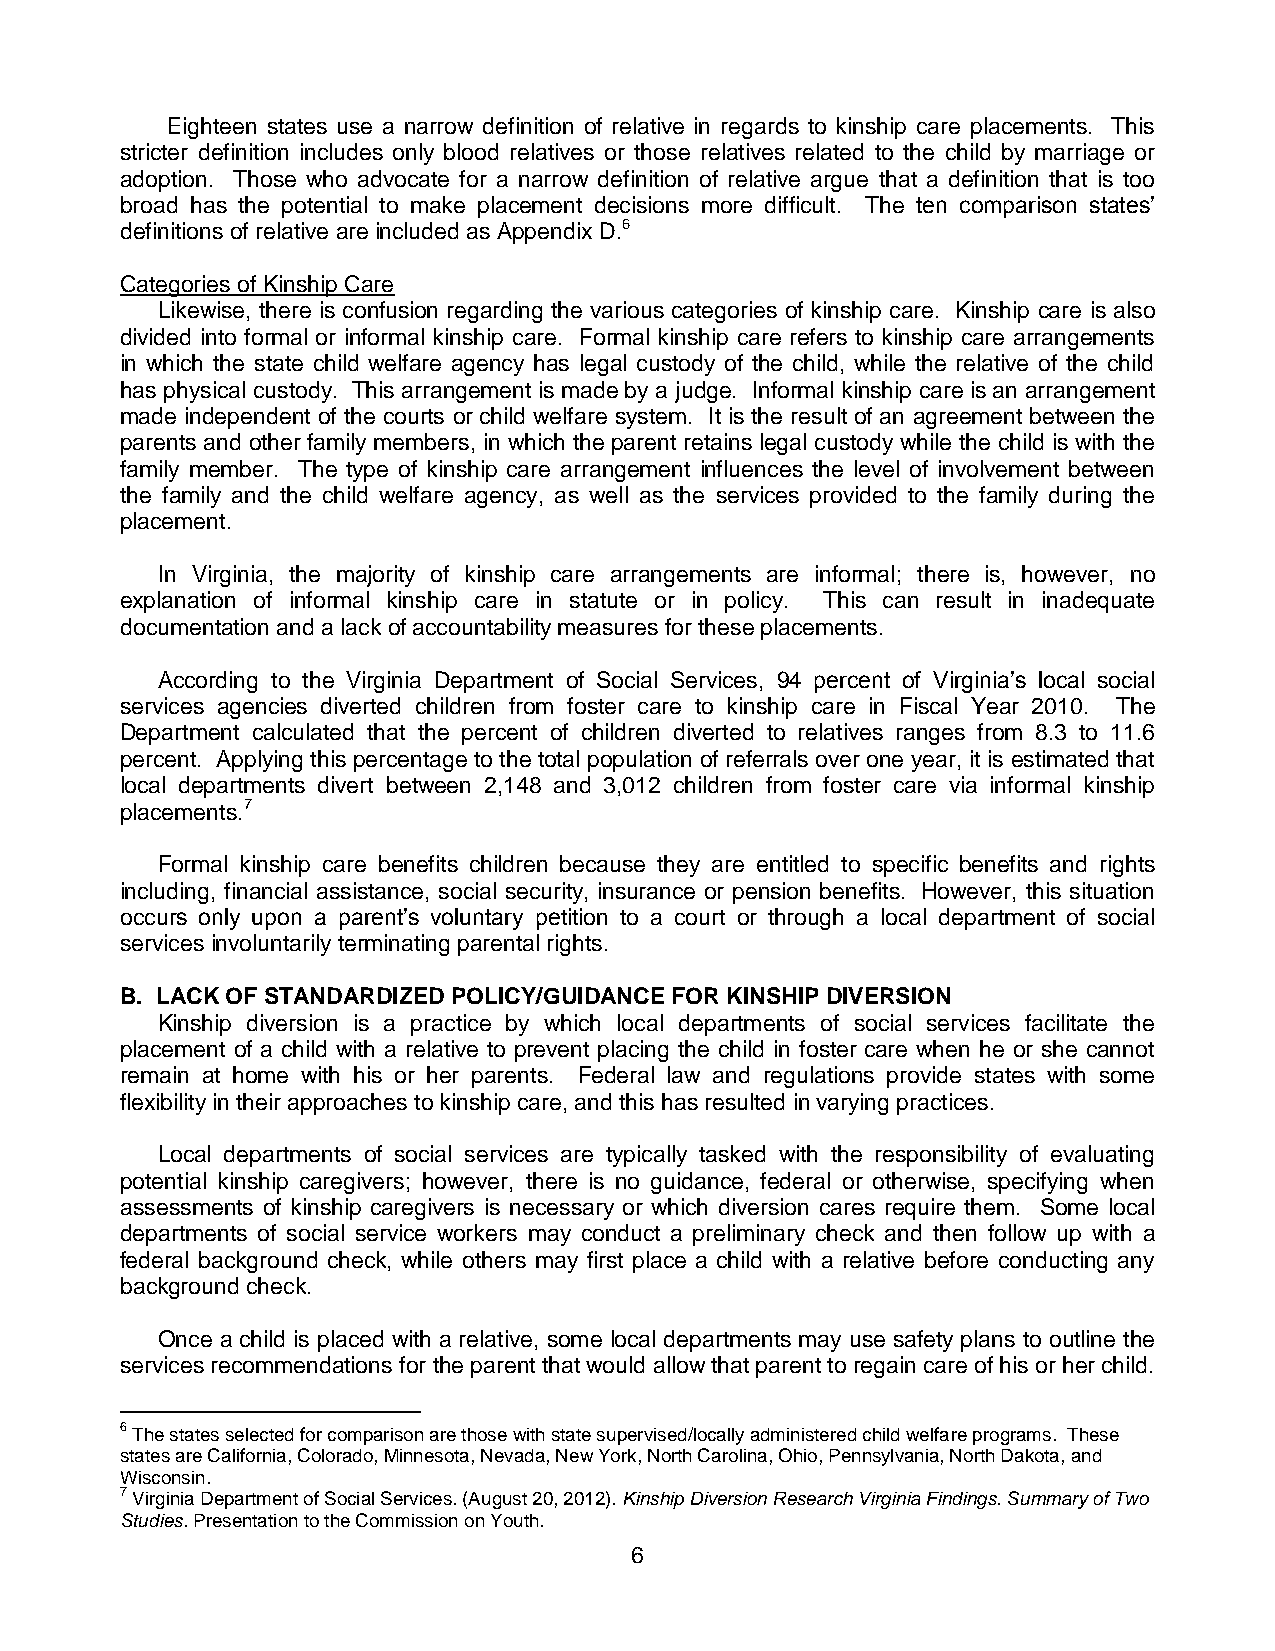
Eighteen states use a narrow definition of relative in regards to kinship care placements. This
 stricter definition includes only blood relatives or those relatives related to the child by marriage or
 adoption. Those who advocate for a narrow definition of relative argue that a definition that is too
 broad has the potential to make placement decisions more difficult. The ten comparison states’
 definitions of relative are included as Appendix D.6
 Categories of Kinship Care
 Likewise, there is confusion regarding the various categories of kinship care. Kinship care is also
 divided into formal or informal kinship care. Formal kinship care refers to kinship care arrangements
 in which the state child welfare agency has legal custody of the child, while the relative of the child
 has physical custody. This arrangement is made by a judge. Informal kinship care is an arrangement
 made independent of the courts or child welfare system. It is the result of an agreement between the
 parents and other family members, in which the parent retains legal custody while the child is with the
 family member. The type of kinship care arrangement influences the level of involvement between
 the family and the child welfare agency, as well as the services provided to the family during the
 placement.
 In Virginia, the majority of kinship care arrangements are informal; there is, however, no
 explanation of informal kinship care in statute or in policy. This can result in inadequate
 documentation and a lack of accountability measures for these placements.
 According to the Virginia Department of Social Services, 94 percent of Virginia’s local social
 services agencies diverted children from foster care to kinship care in Fiscal Year 2010. The
 Department calculated that the percent of children diverted to relatives ranges from 8.3 to 11.6
 percent. Applying this percentage to the total population of referrals over one year, it is estimated that
 local departments divert between 2,148 and 3,012 children from foster care via informal kinship
 placements.7
 Formal kinship care benefits children because they are entitled to specific benefits and rights
 including, financial assistance, social security, insurance or pension benefits. However, this situation
 occurs only upon a parent’s voluntary petition to a court or through a local department of social
 services involuntarily terminating parental rights.
 B. LACK OF STANDARDIZED POLICY/GUIDANCE FOR KINSHIP DIVERSION
 Kinship diversion is a practice by which local departments of social services facilitate the
 placement of a child with a relative to prevent placing the child in foster care when he or she cannot
 remain at home with his or her parents. Federal law and regulations provide states with some
 flexibility in their approaches to kinship care, and this has resulted in varying practices.
 Local departments of social services are typically tasked with the responsibility of evaluating
 potential kinship caregivers; however, there is no guidance, federal or otherwise, specifying when
 assessments of kinship caregivers is necessary or which diversion cares require them. Some local
 departments of social service workers may conduct a preliminary check and then follow up with a
 federal background check, while others may first place a child with a relative before conducting any
 background check.
 Once a child is placed with a relative, some local departments may use safety plans to outline the
 services recommendations for the parent that would allow that parent to regain care of his or her child.
 6 The states selected for comparison are those with state supervised/locally administered child welfare programs. These
 states are California, Colorado, Minnesota, Nevada, New York, North Carolina, Ohio, Pennsylvania, North Dakota, and
 Wisconsin.
 7 Virginia Department of Social Services. (August 20, 2012). Kinship Diversion Research Virginia Findings. Summary of Two
 Studies. Presentation to the Commission on Youth.
 6